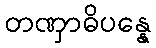
တဏှာဓိပန္နေ